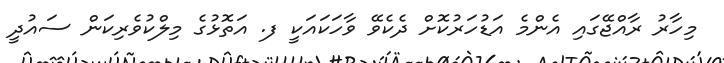
މިހާރު ރާއްޖޭގައި އެންމެ އަޑުހަރުކޮށް ދެކެވޭ ވާހަކައަކީ ފ. އަތޮޅުގެ މިލްކުވެރިކަން ސައުދީ